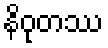
နိဝုတဿ